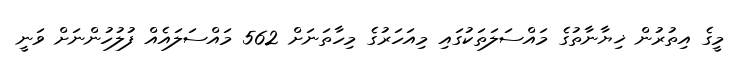
މީގެ އިތުރުން ޚިޔާނާތުގެ މައްސަލަތަކުގައި މިއަހަރުގެ މިހާތަނަށް 562 މައްސަލައެއް ފުލުހުންނަށް ވަނީ